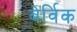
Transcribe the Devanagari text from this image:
बेर्विक